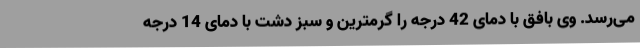
می‌رسد. وی بافق با دمای 42 درجه را گرمترین و سبز دشت با دمای 14 درجه